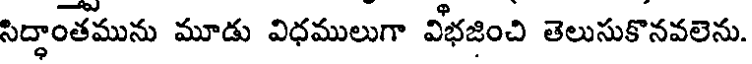
సిద్ధాంతమును మూడు విధములుగా విభజించి తెలుసుకొనవలెను.